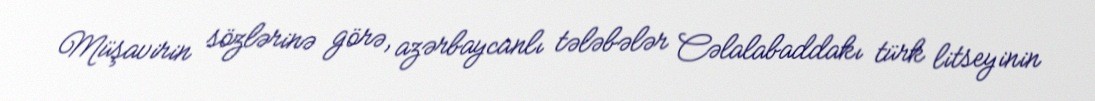
Müşavirin sözlərinə görə, azərbaycanlı tələbələr Cəlalabaddakı türk litseyinin